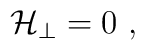
{\cal H}_\perp = 0  \ ,